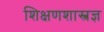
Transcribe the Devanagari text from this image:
शिक्षणशास्त्रज्ञ